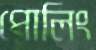
পোলিং